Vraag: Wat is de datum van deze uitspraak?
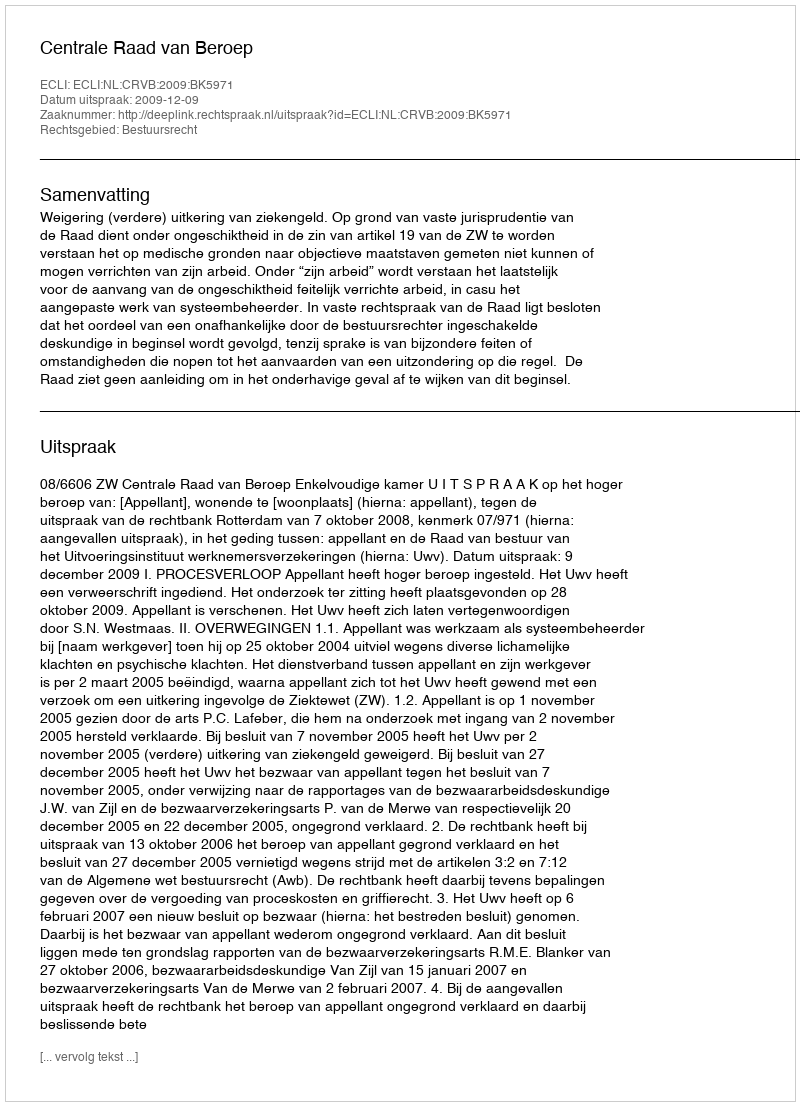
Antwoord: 2009-12-09